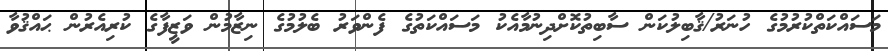
މަސައްކަތްކުރުމުގެ ހުނަރު/ޤާބިލުކަން ސާބިތުކޮށްދިނުމާއެކު މަސައްކަތުގެ ފެންވަރު ބެލުމުގެ ނިޒާމުން ވަޒީފާގެ ކުރިއެރުން ޙައްޤުވާ